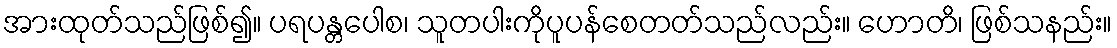
အားထုတ်သည်ဖြစ်၍။ ပရပန္တပေါစ၊ သူတပါးကိုပူပန်စေတတ်သည်လည်း။ ဟောတိ၊ ဖြစ်သနည်း။